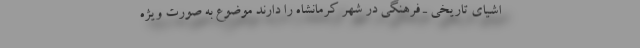
اشیای تاریخی ـ فرهنگی در شهر کرمانشاه را دارند موضوع به صورت ویژه